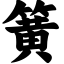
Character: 簧